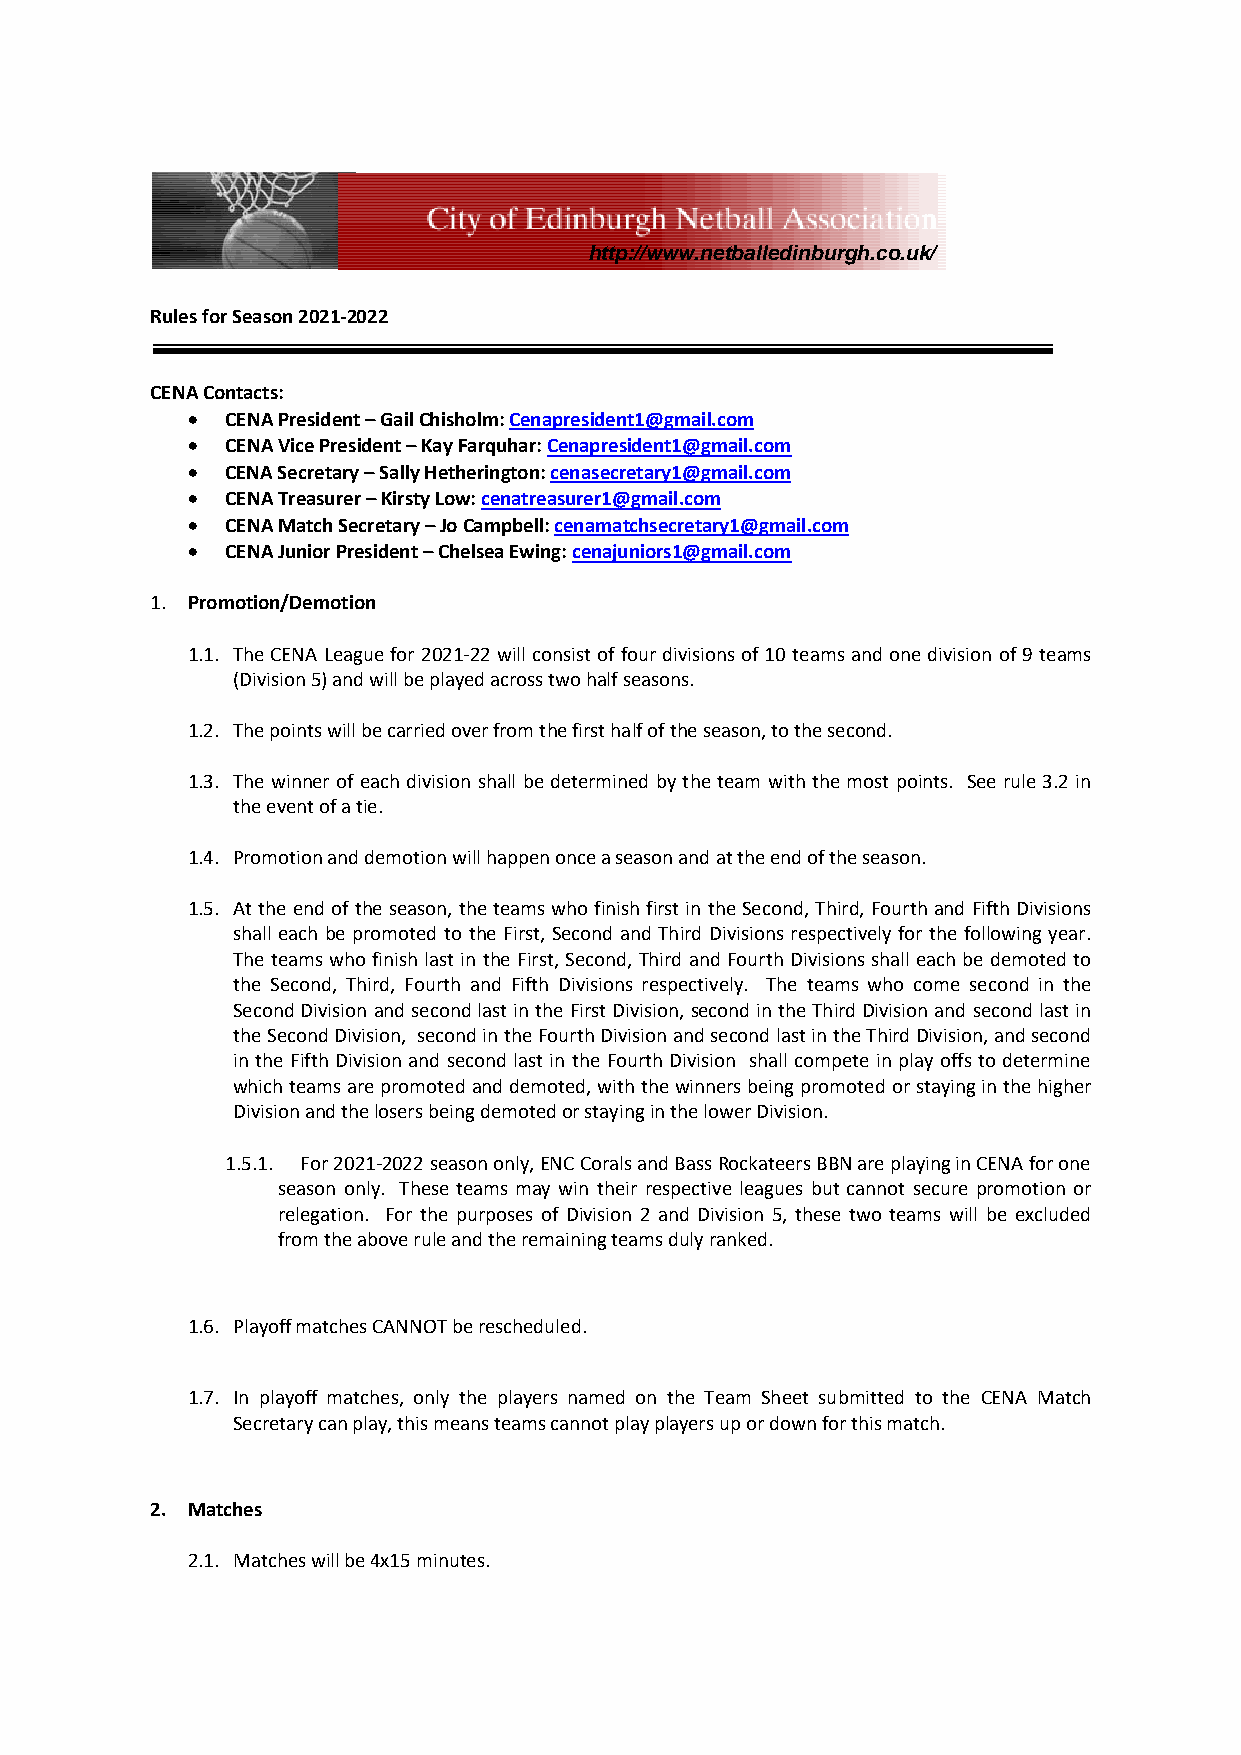
http://www.netballedinburgh.co.uk/
 Rules for Season 2021-2022
 CENA Contacts:
 •  CENA President – Gail Chisholm: Cenapresident1@gmail.com
 •  CENA Vice President – Kay Farquhar: Cenapresident1@gmail.com
 •  CENA Secretary – Sally Hetherington: cenasecretary1@gmail.com
 •  CENA Treasurer – Kirsty Low: cenatreasurer1@gmail.com
 •  CENA Match Secretary – Jo Campbell: cenamatchsecretary1@gmail.com
 •  CENA Junior President – Chelsea Ewing: cenajuniors1@gmail.com
 1. Promotion/Demotion
 1.1. The CENA League for 2021-22 will consist of four divisions of 10 teams and one division of 9 teams
 (Division 5) and will be played across two half seasons.
 1.2. The points will be carried over from the first half of the season, to the second.
 1.3. The winner of each division shall be determined by the team with the most points. See rule 3.2 in
 the event of a tie.
 1.4. Promotion and demotion will happen once a season and at the end of the season.
 1.5. At the end of the season, the teams who finish first in the Second, Third, Fourth and Fifth Divisions
 shall each be promoted to the First, Second and Third Divisions respectively for the following year.
 The teams who finish last in the First, Second, Third and Fourth Divisions shall each be demoted to
 the Second, Third, Fourth and Fifth Divisions respectively. The teams who come second in the
 Second Division and second last in the First Division, second in the Third Division and second last in
 the Second Division, second in the Fourth Division and second last in the Third Division, and second
 in the Fifth Division and second last in the Fourth Division shall compete in play offs to determine
 which teams are promoted and demoted, with the winners being promoted or staying in the higher
 Division and the losers being demoted or staying in the lower Division.
 1.5.1. For 2021-2022 season only, ENC Corals and Bass Rockateers BBN are playing in CENA for one
 season only. These teams may win their respective leagues but cannot secure promotion or
 relegation. For the purposes of Division 2 and Division 5, these two teams will be excluded
 from the above rule and the remaining teams duly ranked.
 1.6. Playoff matches CANNOT be rescheduled.
 1.7. In playoff matches, only the players named on the Team Sheet submitted to the CENA Match
 Secretary can play, this means teams cannot play players up or down for this match.
 2. Matches
 2.1. Matches will be 4x15 minutes.